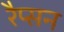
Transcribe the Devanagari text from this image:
रैप्सन